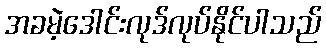
အခမဲ့ဒေါင်းလုဒ်လုပ်နိုင်ပါသည်